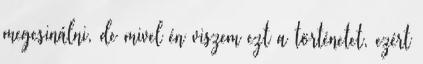
megcsinálni, de mivel én viszem ezt a történetet, ezért